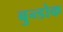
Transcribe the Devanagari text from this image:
बुन्डोक